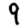
Digit: 9